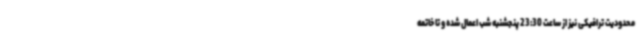
محدودیت ترافیکی نیز از ساعت 23:30 پنجشنبه شب اعمال شده و تا خاتمه